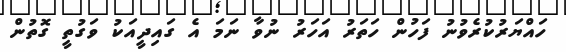
ހައްޔަރުކުރެވުނު ފަހުން ހަތަރު އަހަރު ނުވާ ނަމަ އެ ގައިދީއަކު ވަގުތީ ގޮތުން